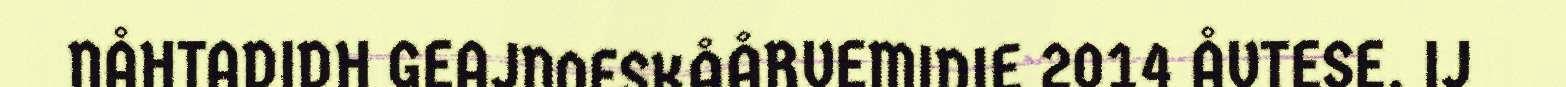
NÅHTADIDH GEAJNOESKÅÅRVEMIDIE 2014 ÅVTESE. IJ